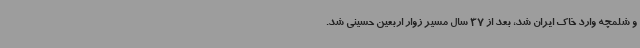
و شلمچه وارد خاک ایران شد، بعد از 37 سال مسیر زوار اربعین حسینی شد.